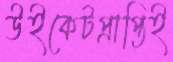
উইকেটপ্রাপ্তিই